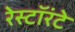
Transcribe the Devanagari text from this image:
रेस्टॉरंटे